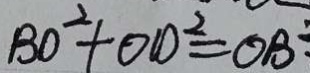
B O ^ { 2 } + O D ^ { 2 } = O B